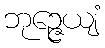
ဘုဉ္ဇေယျံ